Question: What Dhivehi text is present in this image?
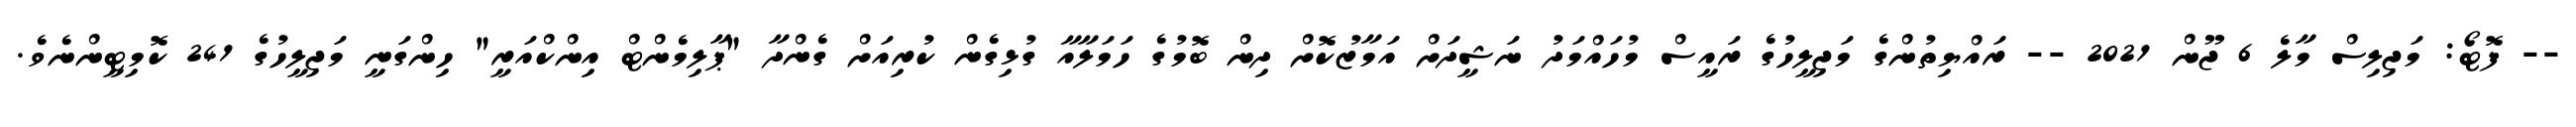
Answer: -- ފޮޓޯ: މަޖިލިސް މާލެ 6 ޖޫން 2021 -- ރައްޔިތުންގެ މަޖިލީހުގެ ރައީސް މުހައްމަދު ނަޝީދަށް އަމާޒުކޮށް ދިން ބޮމުގެ ހަމަލާއާ ގުޅިގެން ކުރިއަށް ގެންދާ "ޕާލިމެންޓް އިންކްއަރީ" ހިންގަނީ މަޖިލީހުގެ 241 ކޮމިޓީންނެވެ.